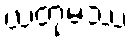
ယံတုမဿ